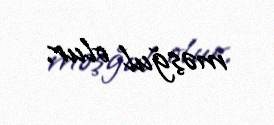
məşğul olur.